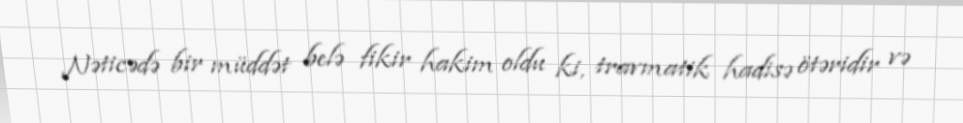
Nəticədə bir müddət belə fikir hakim oldu ki, travmatik hadisə ötəridir və